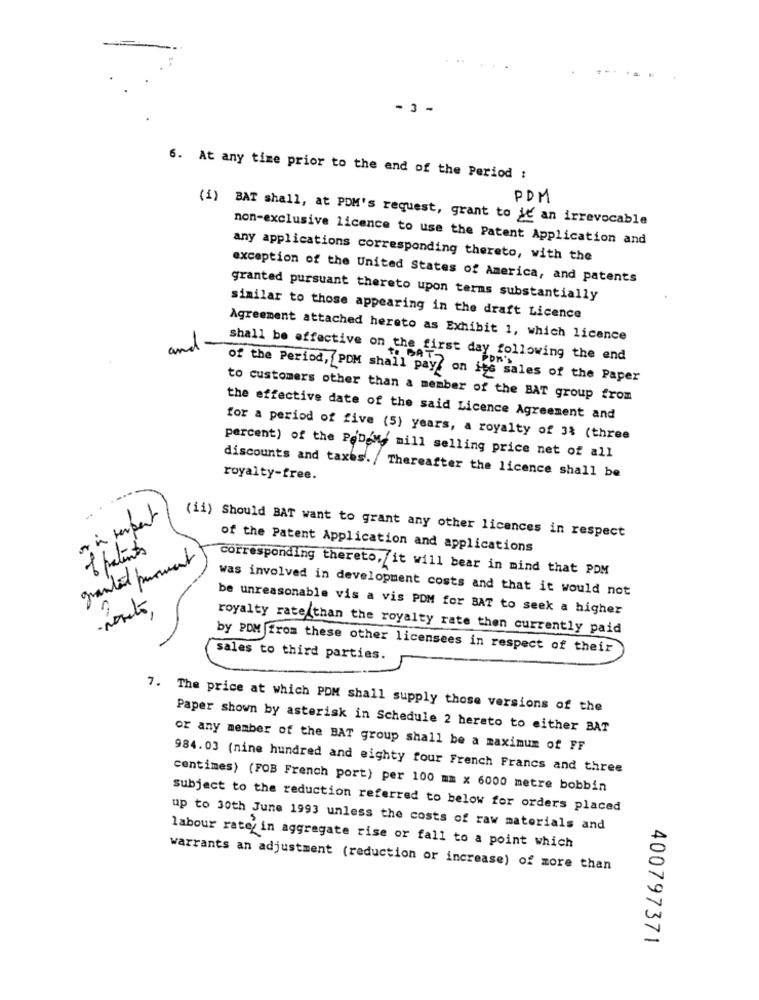
- 3 -
6. At any time prior to the end of the Period :
PDM
(1) BAT shall, at PDM's request, grant to je an irrevocable
non-exclusive licence to use the Patent Application and
any applications corresponding thereto, with the
exception of the United States of America, and patents
granted pursuant thereto upon terms substantially
similar to those appearing in the draft Licence
Agreement attached hereto as Exhibit 1, which licence
and
shall be effective on the first day following the end
of the Period, PDM shall pay. on ins sales of the Paper
to customers other than a member of the BAT group from
the effective date of the said Licence Agreement and
for a period of five (5) years, a royalty of 3% (three
percent) of the PoDom mill selling price net of all
royalty-free.
discounts and taxes. / Thereafter the licence shall be
. .
interpert
(ii) Should BAT want to grant any other licences in respect
of patients
of the Patent Application and applications
granted porment
corresponding thereto, it will bear in mind that PDM
was involved in development costs and that it would not
-porto
be unreasonable vis a vis PDM for BAT to seek a higher
royalty rate than the royalty rate then currently paid
by PDM from these other licensees in respect of their
sales to third parties.
7. The price at which PDM shall supply those versions of the
Paper shown by asterisk in Schedule 2 hereto to either BAT
or any member of the BAT group shall be a maximum of FF
984.03 (nine hundred and eighty four French Francs and three
centimes) (FOB French port) per 100 mm x 6000 metre bobbin
subject to the reduction referred to below for orders placed
up to 30th June 1993 unless the costs of raw materials and
labour rate in aggregate rise or fall to a point which
warrants an adjustment (reduction or increase) of more than
400797371